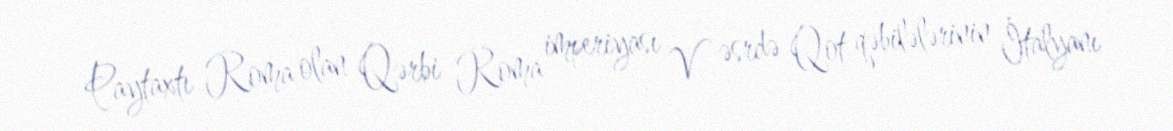
Paytaxtı Roma olan Qərbi Roma imperiyası V əsrdə Qot qəbilələrinin İtalyanı